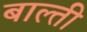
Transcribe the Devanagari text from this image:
बाल्ती